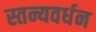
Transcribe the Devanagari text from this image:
स्तन्यवर्धन